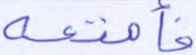
فأمتعه